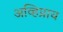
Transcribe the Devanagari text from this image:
अव्हिप्राय